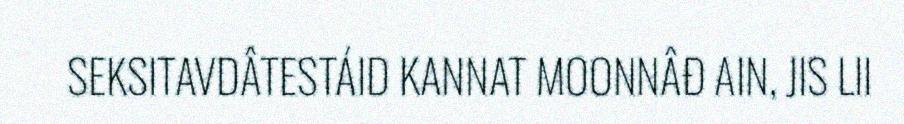
SEKSITAVDÂTESTÁID KANNAT MOONNÂĐ AIN, JIS LII